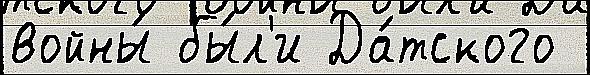
войны́ бы́л'и Да́тского